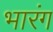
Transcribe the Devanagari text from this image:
भारंग